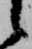
候